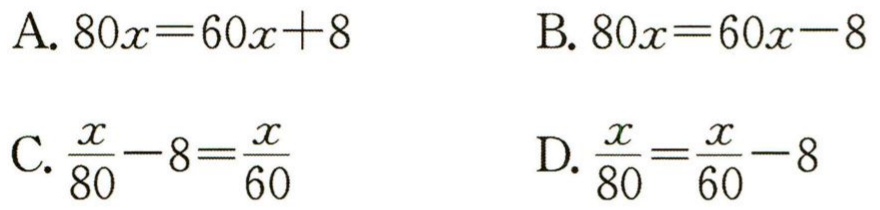
A. \(80x = 60x + 8\)

B. \(80x = 60x - 8\)

C. \(\frac{x}{80}-8=\frac{x}{60}\)

D. \(\frac{x}{80}=\frac{x}{60}-8\)